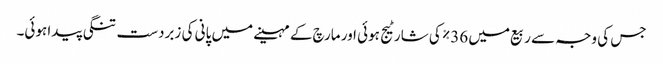
جس کی وجہ سے ربیع میں 36% کی شارٹیج ہوئی اور مارچ کے مہینے میں پانی کی زبردست تنگی پیدا ہوئی۔